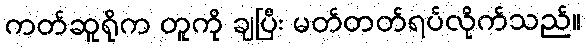
ကတ်ဆူရိုက တူကို ချပြီး မတ်တတ်ရပ်လိုက်သည်။